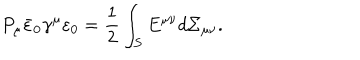
P _ { \mu } \bar { \varepsilon } _ { 0 } \gamma ^ { \mu } \varepsilon _ { 0 } = { \frac { 1 } { 2 } } \int _ { S } E ^ { \mu \nu } d \Sigma _ { \mu \nu } .